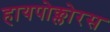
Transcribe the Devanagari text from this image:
हायपोक्लोरस